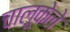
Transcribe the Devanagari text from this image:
चालूकेले